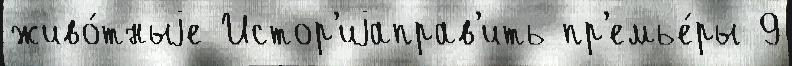
живо́тныjе Истор'иjаправ'ить пр'емье́ры 9